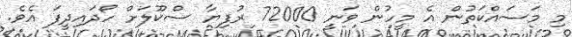
މި މަސައްކަތުން އެ މީހުން ވަނީ 72000 ރުފިޔާ ސްކޫލަށް ހޯދައިދީފަ އެވެ.